Scottish Leaving Certificate Examination, 1961
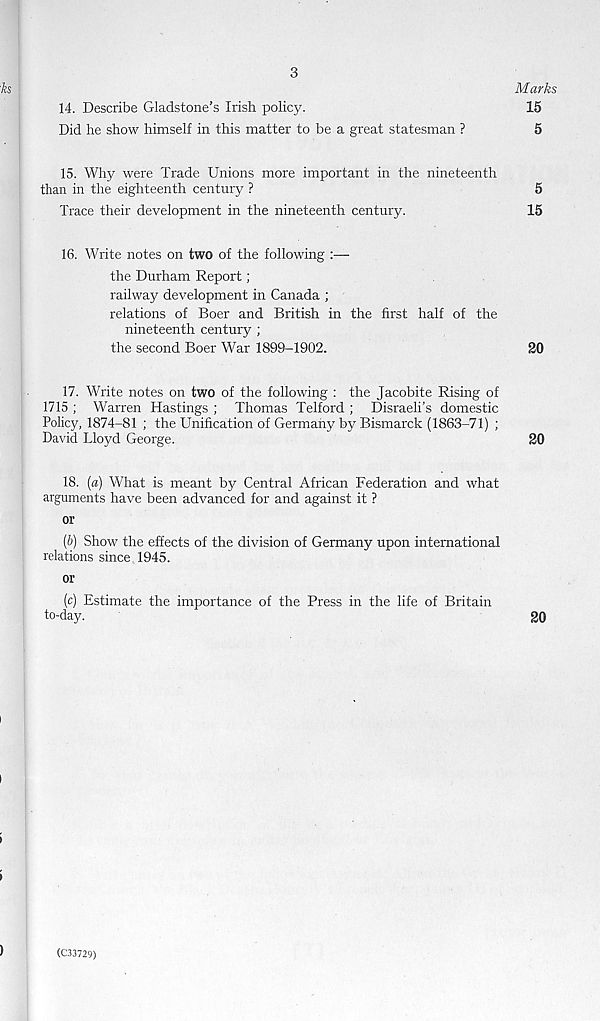
3
Marks
15
5
14.
Describe Gladstone’s Irish policy.
Did he show himself in this matter to be a great statesman ?
15. Why were Trade Unions more important in the nineteenth
than in the eighteenth century ?
5
Trace their development in the nineteenth century.
15
16. Write notes on two of the following :—
the Durham Report;
railway development in Canada ;
relations of Boer and British in the first half of the
nineteenth century ;
the second Boer War 1899-1902.
20
17. Write notes on two of the following : the Jacobite Rising of
1715 ; Warren Hastings ; Thomas Telford ; Disraeli’s domestic
Policy, 1874-81 ; the Unification of Germany by Bismarck (1863-71) ;
David Lloyd George.
20
18. («) What is meant by Central African Federation and what
arguments have been advanced for and against it ?
or
(&) Show the effects of the division of Germany upon international
relations since 1945.
or
(c) Estimate the importance of the Press in the life of Britain
to-day.
20
(C33729)